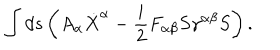
\int d s \left( A _ { \alpha } \dot { X } ^ { \alpha } - { \frac { i } { 2 } } F _ { \alpha \beta } S \gamma ^ { \alpha \beta } S \right) .